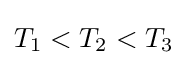
T_{1}<T_{2}<T_{3}